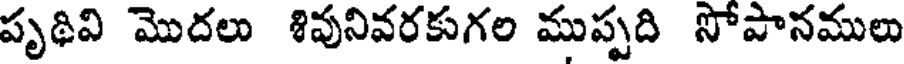
పృథివి మొదలు శివునివరకుగల ముప్పది సోపానములు